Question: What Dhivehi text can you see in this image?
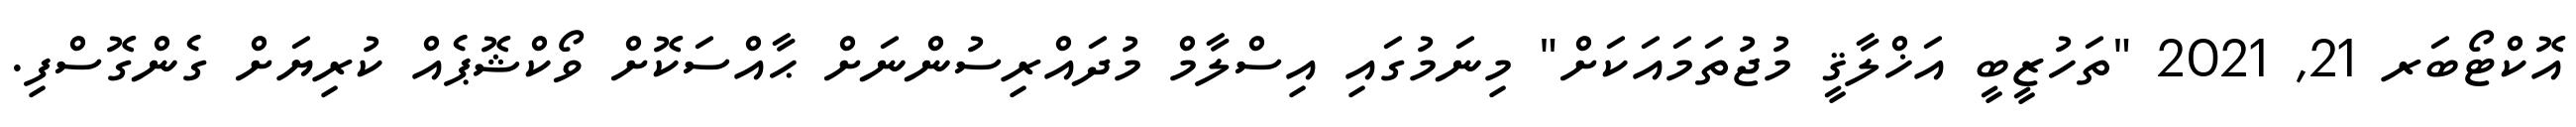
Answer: އޮކްޓޯބަރ 21, 2021 "ތަހުޒީބީ އަޚްލާޤީ މުޖުތަމައަކަށް" މިނަމުގައި އިސްލާމް މުދައްރިސުންނަށް ޙާއްސަކޮށް ވޯކްޝޮޕެއް ކުރިޔަށް ގެންގޮސްފި.